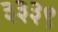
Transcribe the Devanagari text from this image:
३३३९